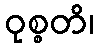
ဝုစ္စတိ၊